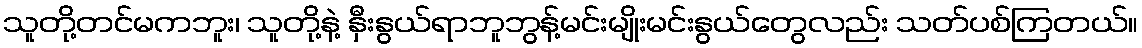
သူတို့တင်မကဘူး၊ သူတို့နဲ့ နှီးနွယ်ရာဘူဘွန့်မင်းမျိုးမင်းနွယ်တွေလည်း သတ်ပစ်ကြတယ်။